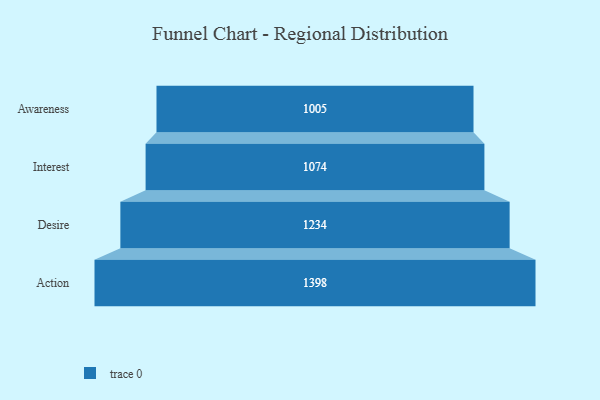
{"axis": {"x": "Stage", "y": "Value"}, "legend": [""], "data": [{"x": "Awareness", "y": 1005.0, "type": ""}, {"x": "Interest", "y": 1074.0, "type": ""}, {"x": "Desire", "y": 1234.0, "type": ""}, {"x": "Action", "y": 1398.0, "type": ""}]}